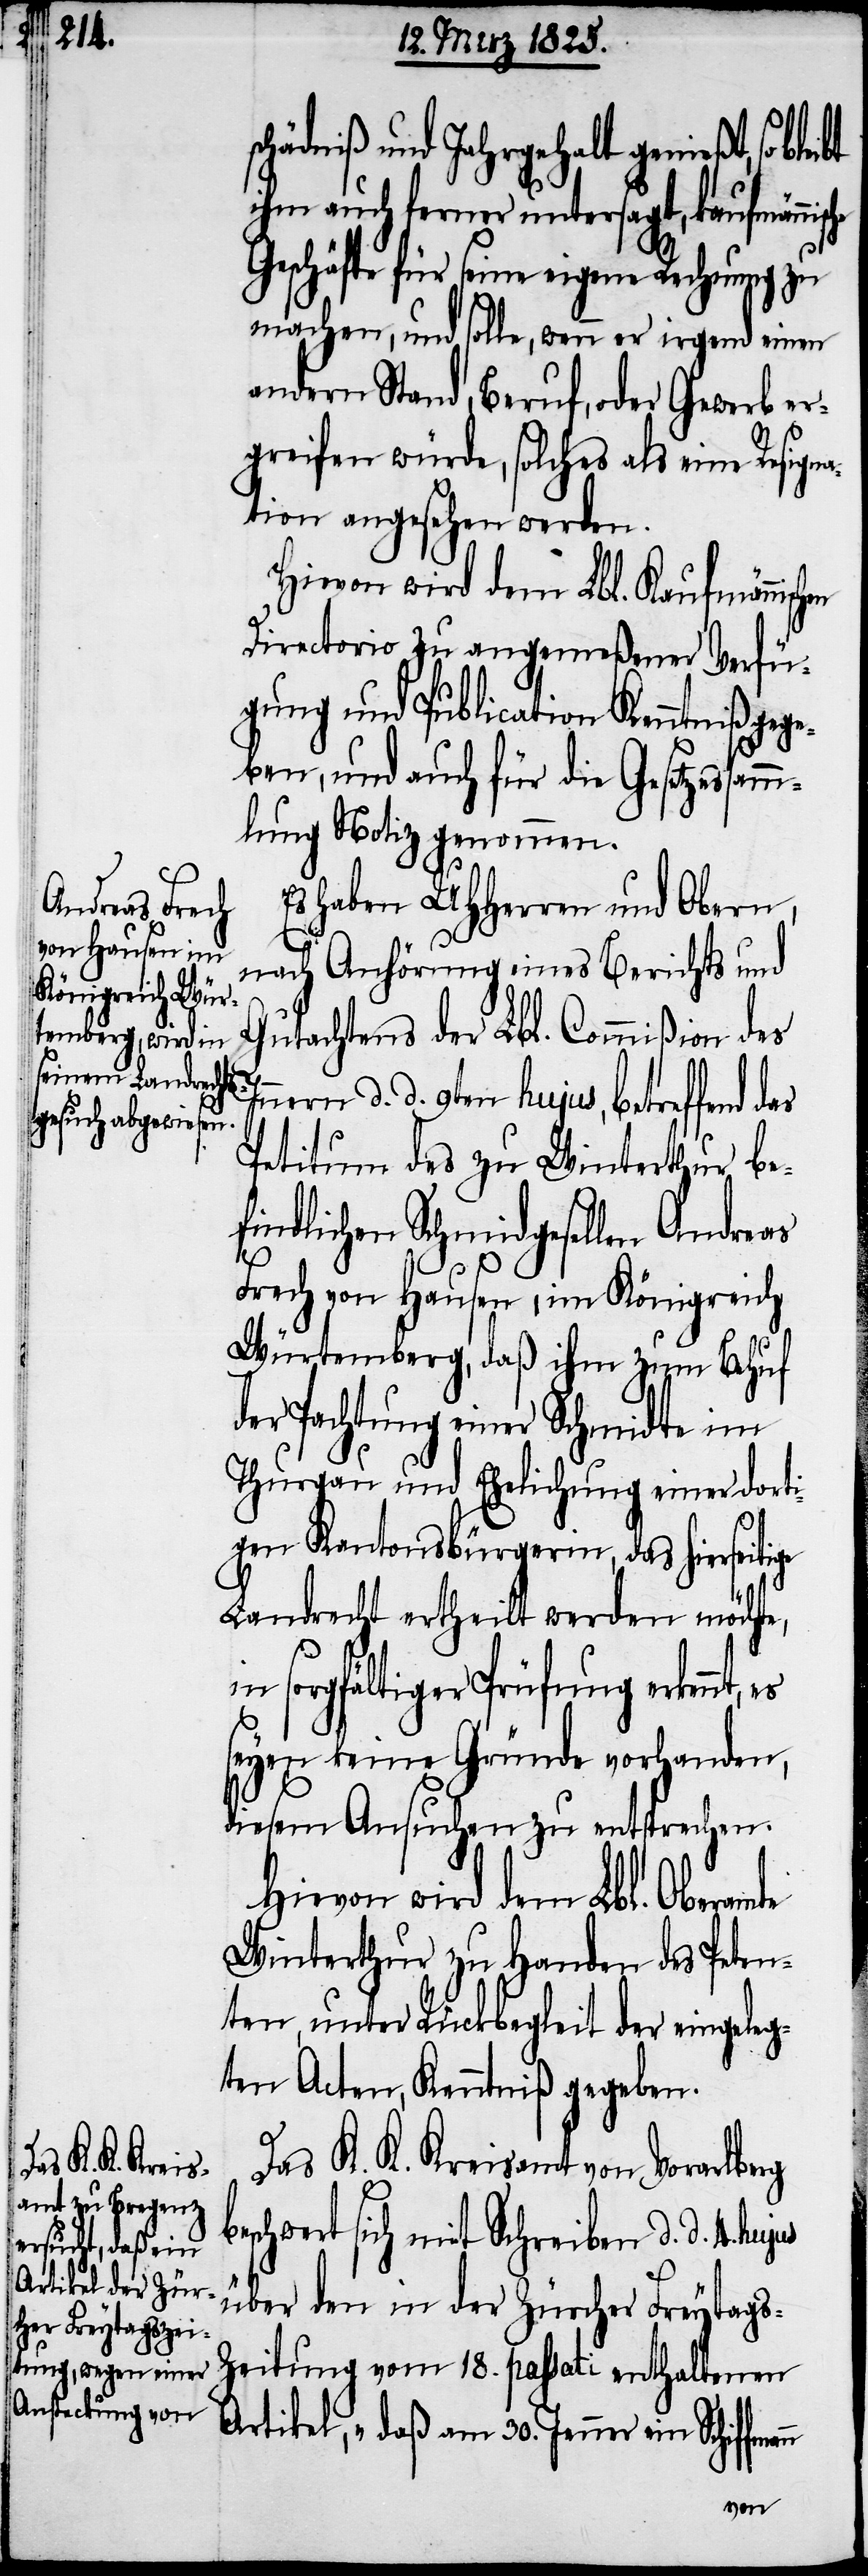
hädniß und Jahrgehalt genießt, so
ihm auch ferner untersagt, kaufmänni¬
Geschäfte für seine eigene Rechnung zu
machen, und solle, wenn er irgend einen
andern Stand, Beruf, oder Gewerb er¬
greifen würde, solches als eine Resigna¬
tion angesehen werden.
Hievon wird dem Lbl. Kaufmännisch¬
Directorio zu angemeßener Verfü¬
gung und Publication Kenntniß gege¬
ben, und auch für die Gesetzessam¬
mlung Notiz genommen.
Es haben UHHerren und Obern,
nach Anhörung eines Berichts und
Gutachtens der Lbl. Commißion des
nnern d. d. 9ten hujus, betreffend
Petitum des zu Winterthur be¬
findlichen Schmidgesellen Andreas
Frech von Hausen, im Königreich
Würtemberg, daß ihm zum Behuf
der Pachtung einer Schmidte im
Thurgau und Ehelichung einer dorti¬
gen Kantonsbürgerin, das hierseiti¬
Landrecht ertheilt werden möchte,
be¬
in sorgfältiger Prüfung erkennt,
seyen keine Gründe vorhanden,
diesem Ansuchen zu entsprechen.
Hievon wird dem Lbl. Oberamte
Winterthur zu Handen des Peten¬
ten, unter Rückbegleit der eingeleg¬
ten Acten, Kenntniß gegeben.
Das K. K. Kreisamt von Vorarlberg
schwert sich mit Schreiben d. d. 4.
über den in der Zürcher Freytags-Z¬
eitung vom 18. passati enthaltenen
Artikel, „daß am 30. Jenner ein Schiffm¬
ann